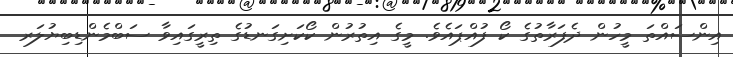
އިންސައްތަ މީހުން ދެފަރާތުގެ ކޯ ފުއްޕައެވެ. މީގެ އިތުރުން ކޯކަށިގަނޑުގެ ތިރީގައިވާ ސަބްމެންޑިބިޔުލަރ